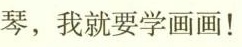
琴，我就要学画画！